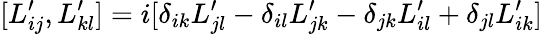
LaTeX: [L_{ij}^{\prime},L_{kl}^{\prime}]=i[\delta_{ik}L_{jl}^{\prime}-\delta_{il}L_{jk}^{\prime}-\delta_{jk}L_{il}^{\prime}+\delta_{jl}L_{ik}^{\prime}]\,